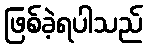
ဖြစ်ခဲ့ရပါသည်